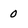
Character: 0